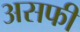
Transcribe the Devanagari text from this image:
असफी